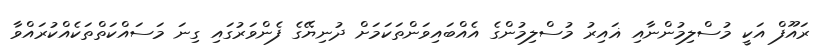
ރައޫފް އަކީ މުސްލިމުންނާއި ޣައިރު މުސްލިމުންގެ އެއްބައިވަންތަކަމަށް ދުނިޔޭގެ ފެންވަރުގައި ގިނަ މަސައްކަތްތަކެއްކުރައްވާ